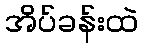
အိပ်ခန်းထဲ